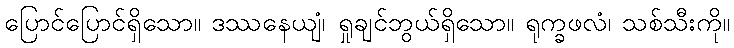
ပြောင်ပြောင်ရှိသော။ ဒဿနေယျံ၊ ရှုချင်ဘွယ်ရှိသော။ ရုက္ခဖလံ၊ သစ်သီးကို။